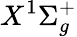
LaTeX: X^{1}\Sigma_{g}^{+}